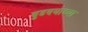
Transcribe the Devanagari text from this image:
बुडण्याच्या